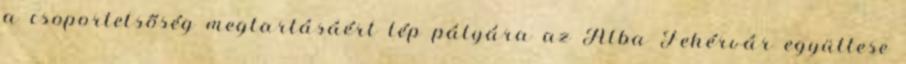
a csoportelsőség megtartásáért lép pályára az Alba Fehérvár együttese